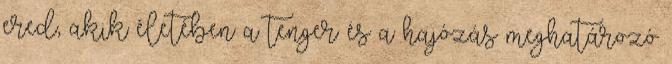
ered, akik életében a tenger és a hajózás meghatározó